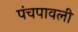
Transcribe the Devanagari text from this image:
पंचपावली